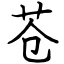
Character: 苍